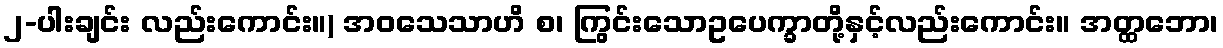
၂-ပါးချင်း လည်းကောင်း။) အဝသေသာဟိ စ၊ ကြွင်းသောဥပေက္ခာတို့နှင့်လည်းကောင်း။ အတ္ထဘော၊